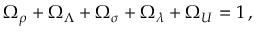
\Omega _ { \rho } + \Omega _ { \Lambda } + \Omega _ { \sigma } + \Omega _ { \lambda } + \Omega _ { \cal U } = 1 \, ,